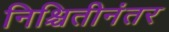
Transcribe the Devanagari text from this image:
निश्चितीनंतर